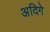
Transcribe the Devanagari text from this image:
अदिगे